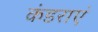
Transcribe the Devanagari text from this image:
कंडराएं